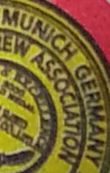
MUNICH GERMANY